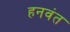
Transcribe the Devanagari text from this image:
हनवंत